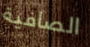
الصافية